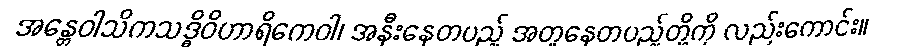
အန္တေဝါသိကသဒ္ဓိဝိဟာရိကေဝါ၊ အနီးနေတပည့် အတူနေတပည့်တို့ကို လည်းကောင်း။